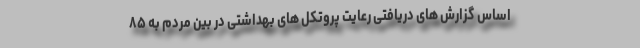
اساس گزارش های دریافتی رعایت پروتکل های بهداشتی در بین مردم به ۸۵